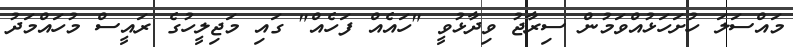
މައްސަލަ ހުށަހަޅުއްވަމުން ސިރާޖު ވިދާޅުވީ "ހައެއް ފަހެއް" ގައި މަޖިލީހުގެ ރައީސް މުހައްމަދު